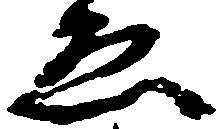
ゑ